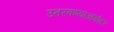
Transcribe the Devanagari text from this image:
उतरवण्याअगोदर